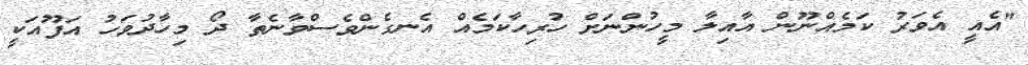
"އެއީ އެވަރު ކަމެއްނޫން އާއިލާ މީހުންނަށް ހުރިހާކަމެއް އެނގެންވެސްވާނެތާ ދޯ މިހާދުވަހު އަފޫއަކީ